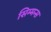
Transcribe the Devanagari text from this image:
सिम्मन्स